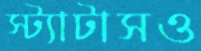
স্ট্যাটাসও